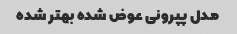
مدل پپرونی عوض شده بهتر شده